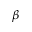
\beta